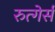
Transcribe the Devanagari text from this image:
रुत्गेर्स